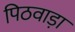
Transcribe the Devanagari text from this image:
पिठवाड़ा